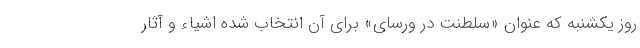
روز یکشنبه که عنوان «سلطنت در ورسای» برای آن انتخاب شده اشیاء و آثار